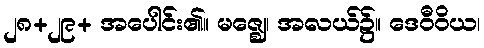
၂၈+၂၉+ အပေါင်း၏။ မဇ္ဈေ၊ အလယ်၌။ ဒေဝီဝိယ၊